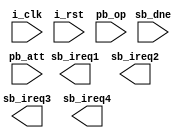
//
//    Copyright (c) 2015 Jan Adelsbach <jan@janadelsbach.com>.  
//    All Rights Reserved.
//
//    This program is free software: you can redistribute it and/or modify
//    it under the terms of the GNU General Public License as published by
//    the Free Software Foundation, either version 3 of the License, or
//    (at your option) any later version.
//
//    This program is distributed in the hope that it will be useful,
//    but WITHOUT ANY WARRANTY; without even the implied warranty of
//    MERCHANTABILITY or FITNESS FOR A PARTICULAR PURPOSE.  See the
//    GNU General Public License for more details.
//
//    You should have received a copy of the GNU General Public License
//    along with this program.  If not, see <http://www.gnu.org/licenses/>.
//

// XXX FIXME: The SBS ops are also used here. 
// How does that work with status bits?

`define PDP1_SBS16_DSC 6'o50
`define PDP1_SBS16_ASC 6'o51
`define PDP1_SBS16_ISB 6'o52
`define PDP1_SBS16_CAC 6'o53

module pdp1_sbs16(i_clk, i_rst,
		  sb_ireq1, sb_ireq2, sb_ireq3, sb_ireq4, sb_dne,
		  pb_att, pb_op);
   input i_clk;
   input i_rst;
   output sb_ireq1;
   output sb_ireq2;
   output sb_ireq3;
   output sb_ireq4;
   input  sb_dne;

   input  pb_att;
   input [0:11] pb_op;

   wire [0:5] 	w_ch;
   wire [0:5] 	w_op;
   
   assign w_ch = pb_op[0:5];
   assign w_op = pb_op[6:11];

   reg [0:15] 	r_enable;
   reg [0:15] 	r_trig;
   
   always @(posedge i_clk) begin
      if(i_rst) begin
	 r_enable <= 16'h0000;
	 r_trig   <= 16'h0000;
      end
      else begin
	 if(pb_att) begin
	    case(w_op)
	      `PDP1_SBS16_DSC:
		r_enable[w_ch] <= 1'b1;
	      `PDP1_SBS16_ASC:
		r_enable[w_ch] <= 1'b0;
	      `PDP1_SBS16_ISB:
		r_trig[w_ch] <= 1'b1;
	      `PDP1_SBS16_CAC:
		r_enable <= 16'h0000;
	    endcase // case (w_op)
	 end
      end
   end
   
endmodule // pdp1_sbs